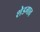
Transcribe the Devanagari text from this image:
शेडगाव